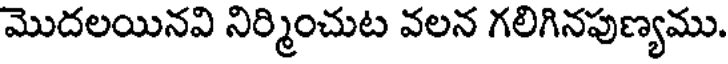
మొదలయినవి నిర్మించుట వలన గలిగినపుణ్యము.